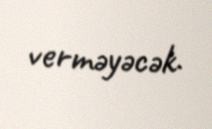
verməyəcək.